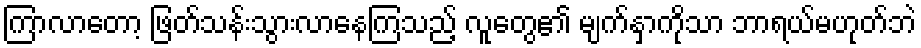
ကြာလာတော့ ဖြတ်သန်းသွားလာနေကြသည့် လူတွေ၏ မျက်နှာကိုသာ ဘာရယ်မဟုတ်ဘဲ